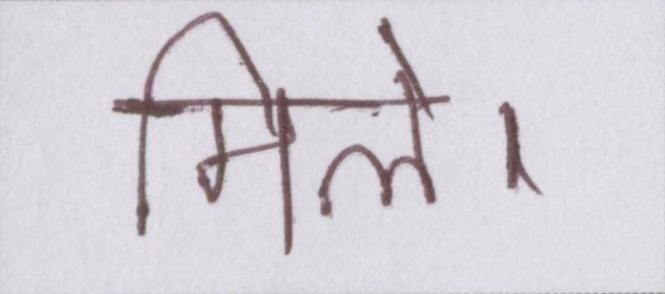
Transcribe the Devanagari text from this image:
मिले।